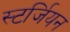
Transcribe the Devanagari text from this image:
स्टर्जियन